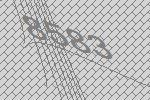
8583